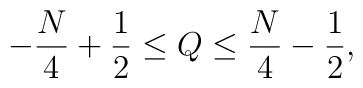
-\frac{N}{4} + \frac{1}{2} \leq Q \leq  \frac{N}{4} - \frac{1}{2},